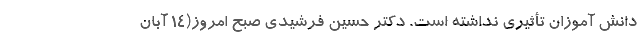
دانش آموزان تأثیری نداشته است. دکتر حسین فرشیدی صبح امروز(۱۴ آبان